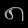
Digit: ၈